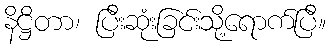
နိဋ္ဌိတာ၊ ပြီးဆုံးခြင်းသို့ရောက်ပြီ။